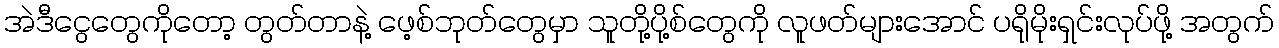
အဲဒီငွေတွေကိုတော့ တွတ်တာနဲ့ ဖေ့စ်ဘုတ်တွေမှာ သူတို့ပို့စ်တွေကို လူဖတ်များအောင် ပရိုမိုးရှင်းလုပ်ဖို့ အတွက်